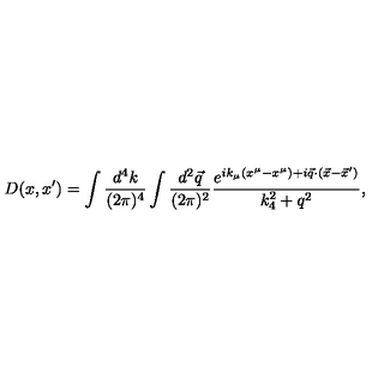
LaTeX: D ( x , x ^ { \prime } ) = \int { \frac { d ^ { 4 } k } { ( 2 \pi ) ^ { 4 } } } \int { \frac { d ^ { 2 } { \vec { q } } } { ( 2 \pi ) ^ { 2 } } } { \frac { e ^ { i k _ { \mu } ( x ^ { \mu } - x ^ { \mu } ) + i { \vec { q } } \cdot ( { \vec { x } } - { \vec { x } ^ { \prime } } ) } } { k _ { 4 } ^ { 2 } + q ^ { 2 } } } ,